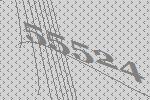
55524